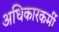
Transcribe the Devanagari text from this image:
अधिकारकर्मी